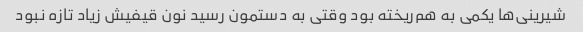
شیرینی‌ها یکمی به هم‌ریخته بود وقتی به دستمون رسید نون قیفیش زیاد تازه نبود